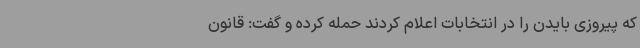
که پیروزی بایدن را در انتخابات اعلام کردند حمله کرده و گفت: قانون